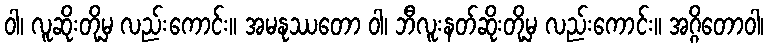
ဝါ၊ လူဆိုးတို့မှ လည်းကောင်း။ အမနုဿတော ဝါ၊ ဘီလူးနတ်ဆိုးတို့မှ လည်းကောင်း။ အဂ္ဂိတောဝါ၊